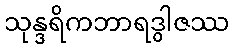
သုန္ဒရိကဘာရဒွါဇဿ